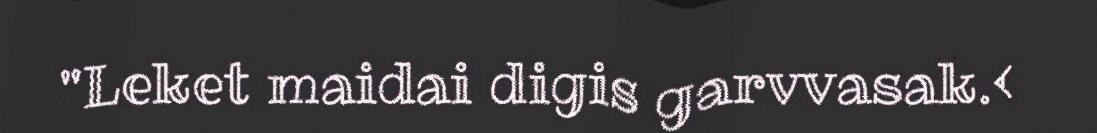
"Leket maidai digis garvvasak.<